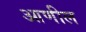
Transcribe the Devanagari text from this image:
आणील